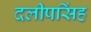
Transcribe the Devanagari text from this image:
दलीपसिंह